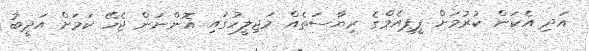
އަދި އެކަން ކުރުމަށް ޕީޕީއެމްގެ ރިޔާސަތެއް މަޖިލީހުގައި އޮންނަން ޖެހޭ ކަމަށް އަދީބު